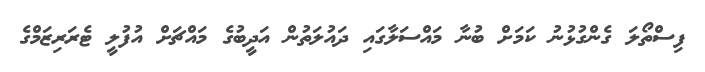
ފިސްތޯލަ ގެންގުޅުނު ކަމަށް ބުނާ މައްސަލާގައި ދައުލަތުން އަދީބުގެ މައްޗަށް އުފުލީ ޓެރަރިޒަމްގެ